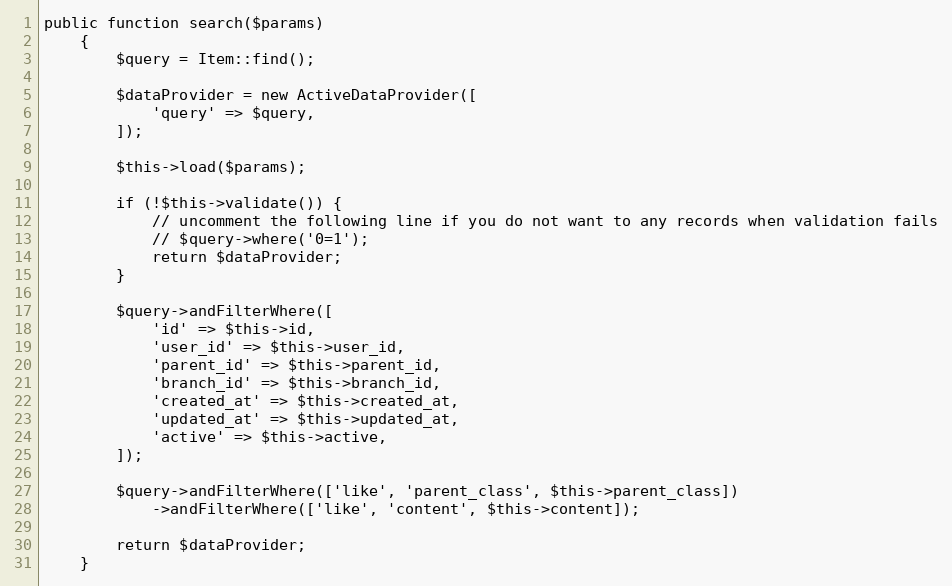
Language: PHP
public function search($params)
    {
        $query = Item::find();

        $dataProvider = new ActiveDataProvider([
            'query' => $query,
        ]);

        $this->load($params);

        if (!$this->validate()) {
            // uncomment the following line if you do not want to any records when validation fails
            // $query->where('0=1');
            return $dataProvider;
        }

        $query->andFilterWhere([
            'id' => $this->id,
            'user_id' => $this->user_id,
            'parent_id' => $this->parent_id,
            'branch_id' => $this->branch_id,
            'created_at' => $this->created_at,
            'updated_at' => $this->updated_at,
            'active' => $this->active,
        ]);

        $query->andFilterWhere(['like', 'parent_class', $this->parent_class])
            ->andFilterWhere(['like', 'content', $this->content]);

        return $dataProvider;
    }